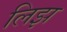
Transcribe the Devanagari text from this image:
लिझ